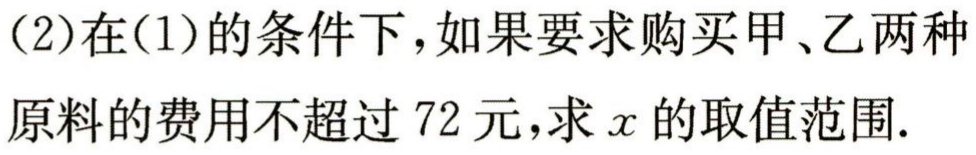
(2)在(1)的条件下，如果要求购买甲、乙两种

原料的费用不超过 72 元，求\(x\)的取值范围.